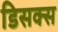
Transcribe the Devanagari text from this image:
डिसक्स